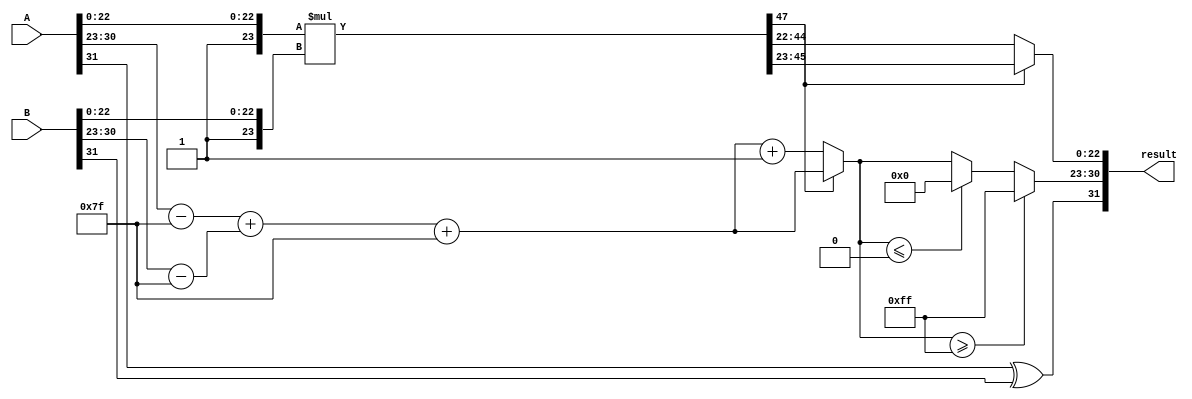
module fp_multiplier (
    input  wire [31:0] A, // First floating-point input
    input  wire [31:0] B, // Second floating-point input
    output wire [31:0] result // Result of the multiplication
);

    // Constants
    localparam BIAS = 8'd127;
    localparam EXPONENT_MAX = 8'd255;

    // Extract sign, exponent, and mantissa from inputs
    wire sign_A = A[31];
    wire sign_B = B[31];
    wire [7:0] exponent_A = A[30:23];
    wire [7:0] exponent_B = B[30:23];
    wire [22:0] mantissa_A = A[22:0];
    wire [22:0] mantissa_B = B[22:0];

    // Implicit leading 1 for normalized numbers
    wire [23:0] mantissa_A_norm = {1'b1, mantissa_A}; // 24 bits
    wire [23:0] mantissa_B_norm = {1'b1, mantissa_B}; // 24 bits

    // Sign of the result
    wire result_sign = sign_A ^ sign_B;

    // Exponent calculation
    wire [7:0] exponent_result = (exponent_A - BIAS) + (exponent_B - BIAS) + BIAS;

    // Mantissa multiplication
    wire [47:0] mantissa_result = mantissa_A_norm * mantissa_B_norm; // 48 bits

    // Normalization
    reg [23:0] final_mantissa;
    reg [7:0] final_exponent;
    reg is_normalized;

    always @* begin
        if (mantissa_result[47]) begin
            // If the result mantissa has a leading 1, it's already normalized
            final_mantissa = mantissa_result[46:23]; // 24 bits
            final_exponent = exponent_result; // No adjustment needed
            is_normalized = 1'b1;
        end else begin
            // Shift right to normalize
            final_mantissa = mantissa_result[45:22]; // 24 bits
            final_exponent = exponent_result + 1; // Increment exponent
            is_normalized = 1'b0;
        end
    end

    // Handle overflow and underflow
    wire [7:0] exponent_final = (final_exponent >= EXPONENT_MAX) ? EXPONENT_MAX :
                                (final_exponent <= 0) ? 8'd0 : final_exponent;

    // Assemble the final result
    assign result = {result_sign, exponent_final, final_mantissa[22:0]};

endmodule